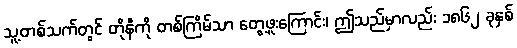
သူ့တစ်သက်တွင် တိုနီကို တစ်ကြိမ်သာ တွေ့ဖူးကြောင်း၊ ဤသည်မှာလည်း ၁၈၆၂ ခုနှစ်